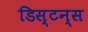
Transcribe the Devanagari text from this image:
डिस्टन्स